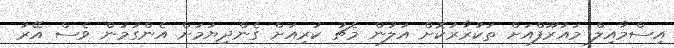
އިސްމާއިލް މައުރޫފްއަށް ތަކުރާރުކޮށް އަލުން މެޗު ކުރިއަށް ގެންދިޔުމަށް އެންގުމުން ވެސް އޭރު